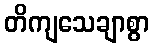
တိကျသေချာစွာ